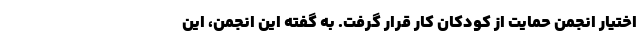
اختیار انجمن حمایت از کودکان کار قرار گرفت. به گفته این انجمن، این